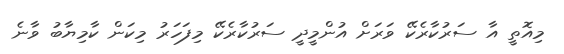
މިއޮތީ އާ ސަރުކާރެކޭ ވަރަށް އުންމީދީ ސަރުކާރެކޭ މިފަހަރު މިކަން ކާމިޔާބު ވާނެ